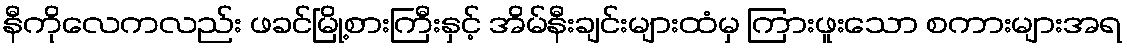
နီကိုလေကလည်း ဖခင်မြို့စားကြီးနှင့် အိမ်နီးချင်းများထံမှ ကြားဖူးသော စကားများအရ